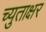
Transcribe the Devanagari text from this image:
च्युताक्षर